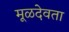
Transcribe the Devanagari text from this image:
मूळदेवता